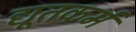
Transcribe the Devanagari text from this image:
द्यूतकर्म